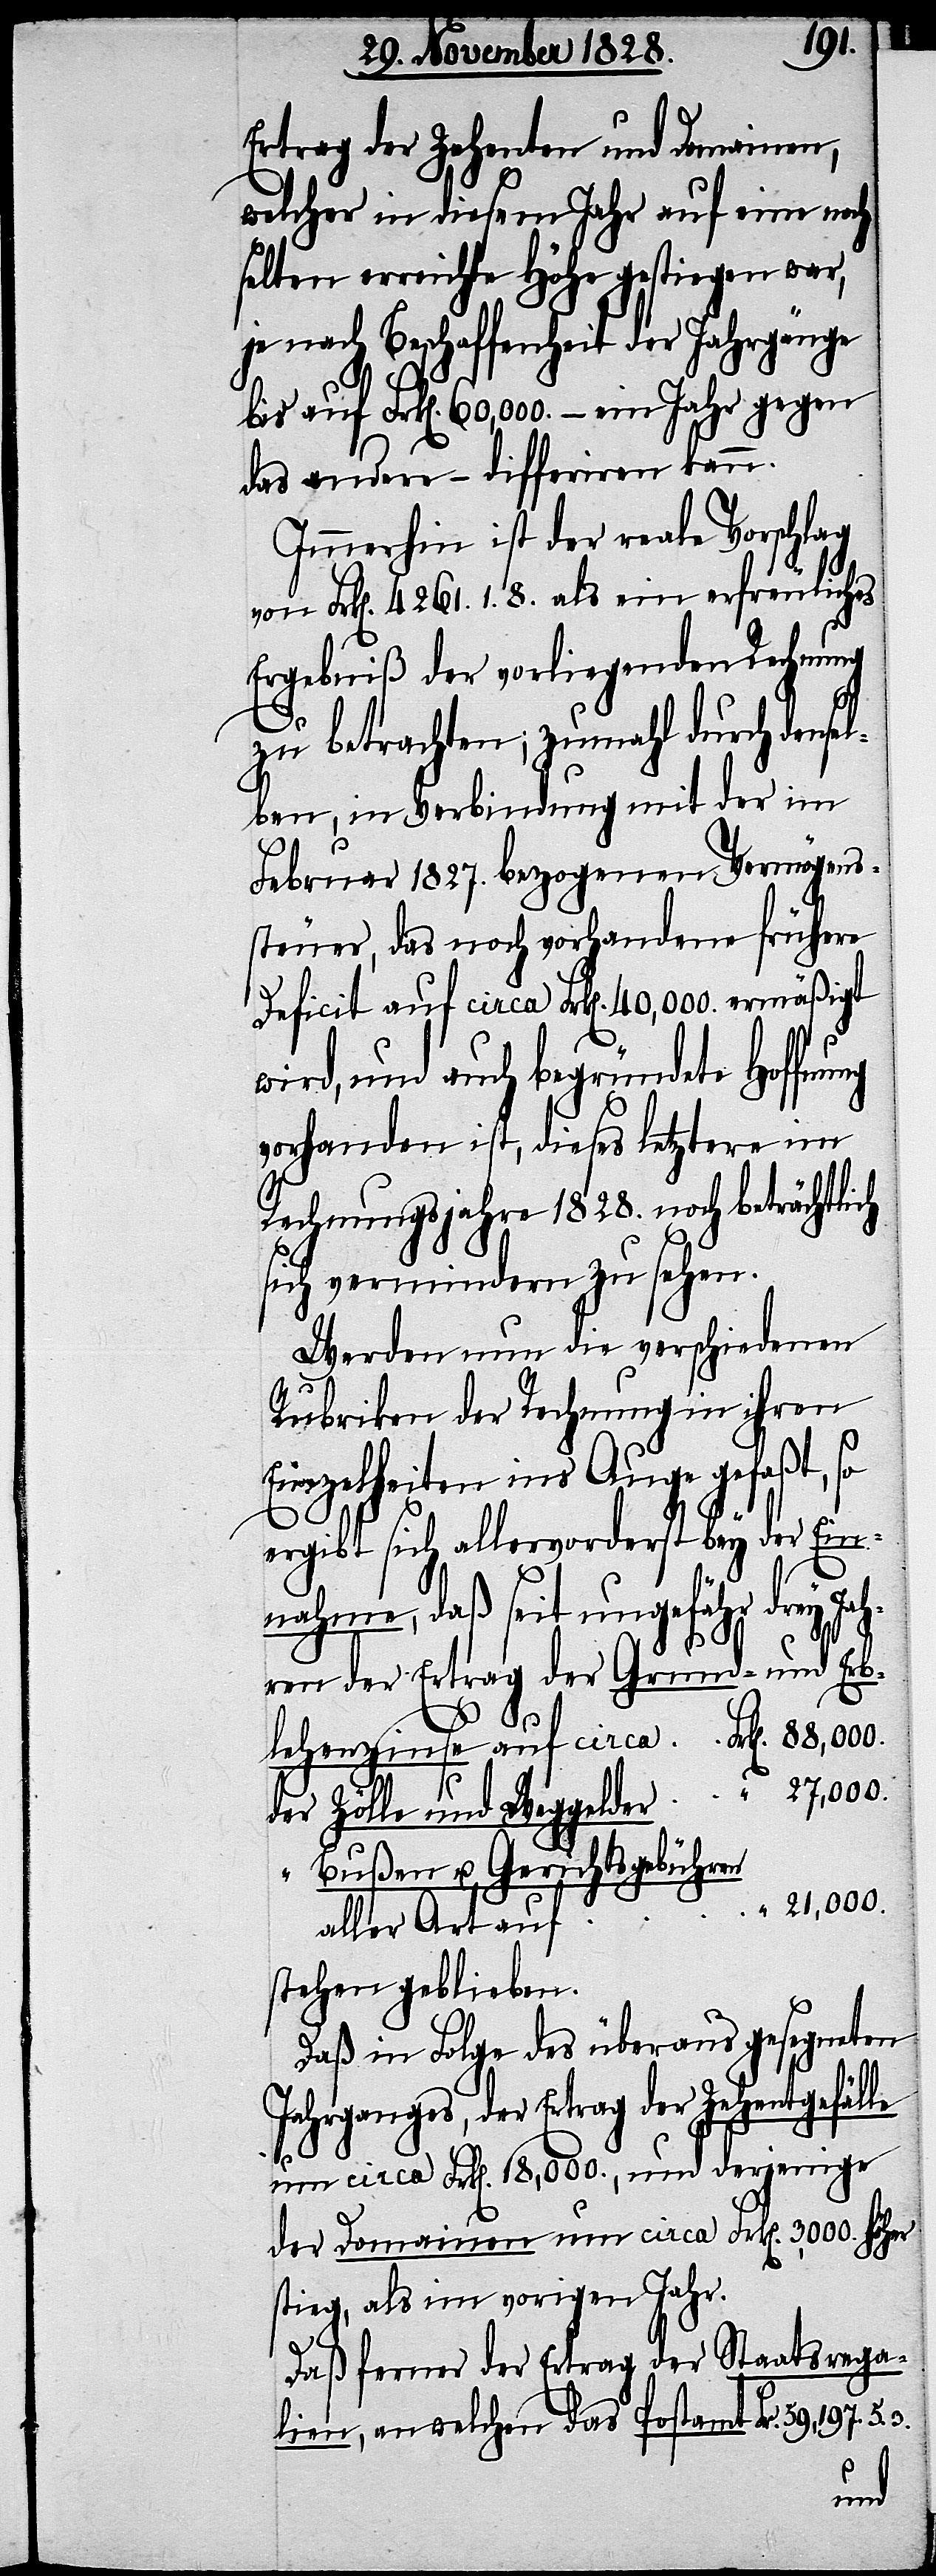
Ertrag der Zehenten und Domainen,
welcher in diesem Jahr auf eine noch
selten erreichte Höhe gestiegen war,
je nach Beschaffenheit der Jahrgänge
bis auf Frk[en]. 60,000. – ein Jahr gegen
das andere – differiren kann.
Immerhin ist der reale Vorschlag
von Frk[en]. 4261. 1. 8. als ein erfreuliches
Ergebniß der vorliegenden Rechnung
zu betrachten; zumahl durch dense¬
lben, in Verbindung mit der im
Februar 1827. bezogenen Vermögens¬
steuer, das noch vorhandene frühere
Deficit auf circa Frk[en]. 40,000. ermäßigt
wird, und auch begründete Hoffnung
vorhanden ist, dieses letztere im
Rechnungsjahre 1828. noch beträchtlich
sich vermindern zu sehen.
Werden nun die verschiedenen
Rubriken der Rechnung in ihren
Einzelheiten ins Auge gefaßt, so
ergibt sich allervorderst bey der Ein¬
nahme, daß seit ungefähr drey Ja¬
der Ertrag der Grund- und Erble¬
der Zölle und Weggelder
“ Bußen u. Gerichtsgebühren
21,000.
aller Art auf
stehen geblieben.
Daß in Folge des überaus gesegneten
Jahrganges, der Ertrag der
um circa Frk[en]. 18,000., und derjenige
der Domainen um circa Frk[en]. 3,000. höher
stieg, als im vorigen Jahr.
Daß ferner der Ertrag der Staatsrega¬
lien, an welchen das Postamt Frk[en].
3.
auf